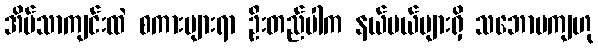
အိမ်သာကျင်းထဲ စကားများရာ ဦးတည်ပါက နယ်ပယ်များရှိ သဘောမကျဟု